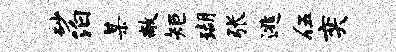
砂泊某敞矩瑚张逃伍奕